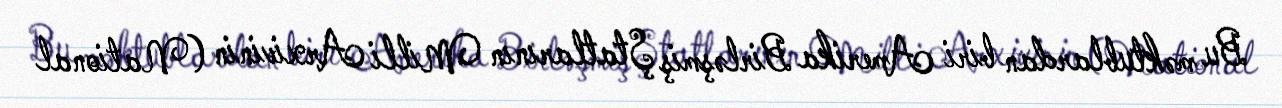
Bu məktublardan biri Amerika Birləşmiş Ştatlarının Milli Arxivinin (National